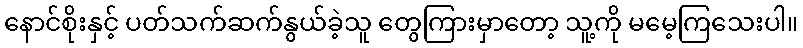
နောင်စိုးနှင့် ပတ်သက်ဆက်နွယ်ခဲ့သူ တွေကြားမှာတော့ သူ့ကို မမေ့ကြသေးပါ။